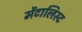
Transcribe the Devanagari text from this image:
मेंटालिस्ट